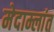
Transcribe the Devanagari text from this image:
मेदाम्लांत